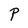
Character: P